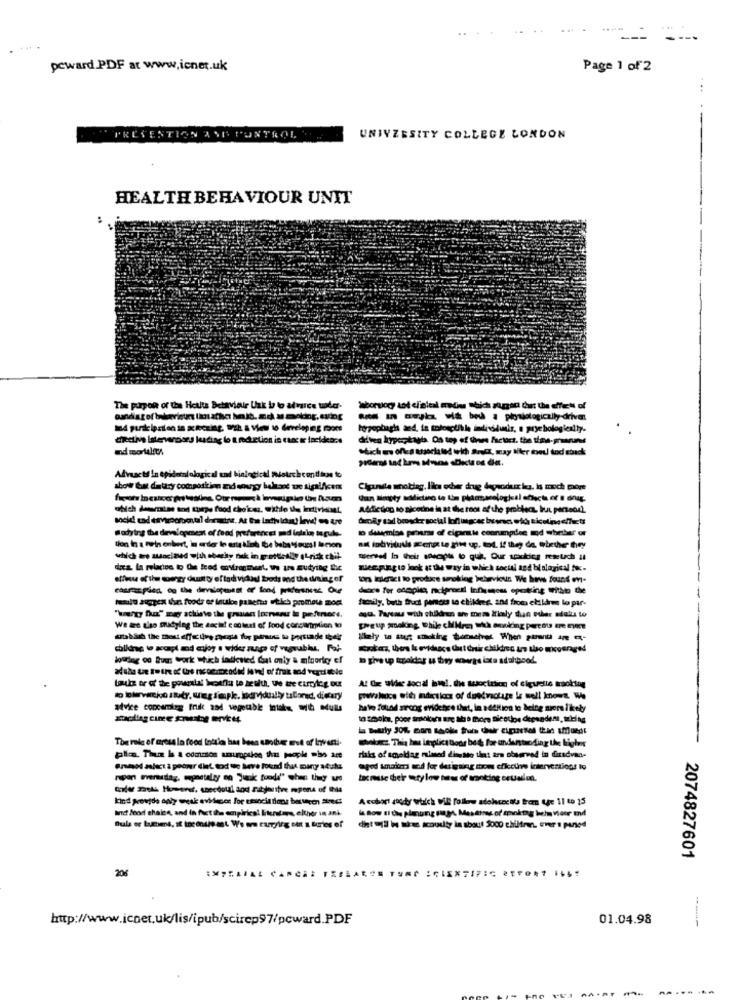
...---
peward PDF at www.icnet.uk
Page 1 of 2
....
PREVENTION AND CONTROL
UNIVERSITY COLLEGE LONDON
HEALTH BEHAVIOUR UNIT
The purport of the Heute Behaviour Unk I to alvarce tudor.
Saborsory tot el'eleal madina which zoggen dat the effet of
14 purde larilen in skeczing, with a View to developing moore
hypopbagh and, in toboectible individumir, a prye bologienity.
dillen kypeqtagis. On top of ünn /acuct. the tia-granuns
and mortality:
stich es offra associated wich ard, may tiker me tod sback
Clunila moklag, l'ica ocher drug deywodur les, is much more
Addiction so nicotine in at the root of the problems, but partedel.
doily sad brosder social loflugcac bvencs e dó ticoling effects
Wodying the development of food preferencei med lolzio to gule-
tion in a mein enbert, in ander le erte klich be baba yours! bacon
dis la relacion to Che feed environment. we are sudying the
Keeping to look at the way in which social and biological .
atinu of the tower duut'tofind vidad bods ed the ding of
tons Eigac ! to produce smoking bebervicun We have found on-
courez pled, og the developsest or fond pridfersness Oue
debre for cacples, reciprocal Infisnous opusting witht the
fuld auggen thun foods of inukon panetto utich promete mod.
family, buth fruct percss to childres. 104 from children lo par-
We le diso muyleg the social context of food consumption to
chiking to wapl nd cijoy . vider zunge of vagyubius, Foi-
jotTing 00 fuer work which ladiewied Gat only & minoricy ef
Al Ge aldec social bu !. the suociztion of ciquelle mooktug
advke concemize fruk and vegeuble totake it Mulle
halo found siroog evidence that, in addition to beine siere l'kely
to smoke, poor smokers arc tiho thore Bic otlos dependent, ting
plica. Thus h a common amuoption that people who are
risks of smoldag mimsed dinetto that are observed in dirsdvan-
Grated aslact & pobier diet. todue Seve found that many stuks
god tmaitems and for designing moes eficcuire interventions to
cooler mell However, caecdoul and zitjertve mepone of this
A cohort soudy which wil follow adolceetta from uge 11 19 15
Ind Seod chaise, and in fact ihn empirical literature, either in ani
la Sow If the plaung ppt, Mastinus of moktag behaviour and
dintill he takes scousty in about Soco children, ever's period
2074827601
206
http://www.icnet.uk/lis/ipub/scircp97/pcward.PDF
01.04.98